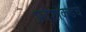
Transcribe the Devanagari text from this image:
प्रदेशांकडचे